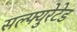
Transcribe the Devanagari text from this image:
सल्फ्युरेटेड